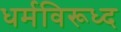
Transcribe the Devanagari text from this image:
धर्मविरूध्द